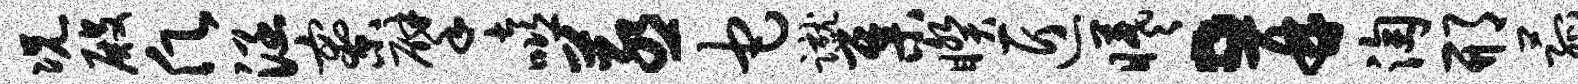
况殿愿涵寮擘嘻蒸它蹴集睽匠曦。再淘邢菰